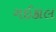
ગઈકાલ